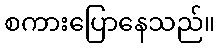
စကားပြောနေသည်။